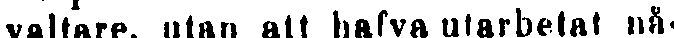
valtare, utan alt hafva utarbetat nå-